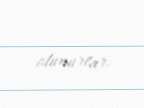
olunurlar.